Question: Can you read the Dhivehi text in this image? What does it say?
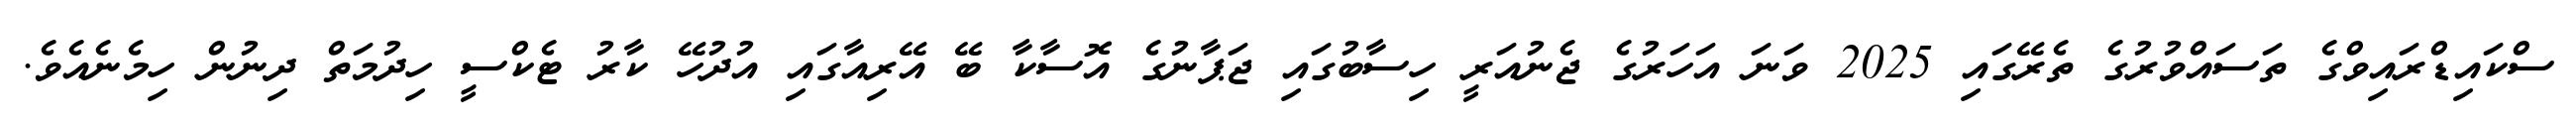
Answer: ސްކައިޑްރައިވްގެ ތަސައްވުރުގެ ތެރޭގައި 2025 ވަނަ އަހަރުގެ ޖެނުއަރީ ހިސާބުގައި ޖަޕާނުގެ އޮސާކާ ބޭ އޭރިއާގައި އުދުހޭ ކާރު ޓެކްސީ ހިދުމަތް ދިނުން ހިމެނެއެވެ.